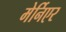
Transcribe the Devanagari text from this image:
मेर्निएर